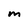
Character: m